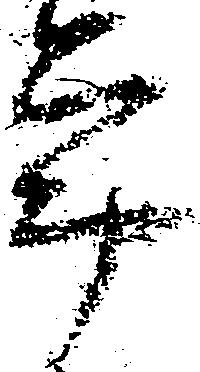
年